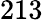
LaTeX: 213